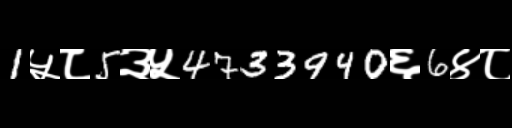
Text: 1५८5३५4733940६6४८